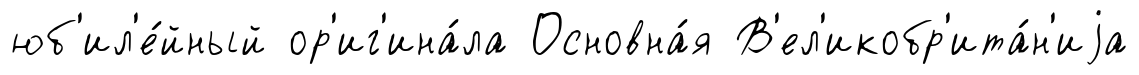
юб'ил'е́йный ор'иг'ина́ла Основна́я В'ел'икобр'ита́н'иjа